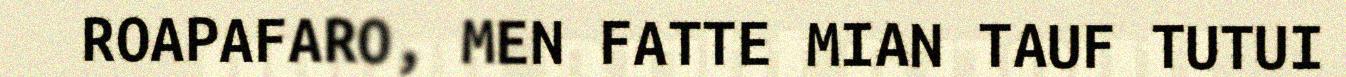
ROAPAFARO, MEN FATTE MIAN TAUF TUTUI